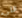
التي